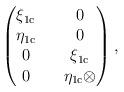
LaTeX: \begin{align*}\begin{pmatrix}\xi_{\mathrm{1c}} && 0\\\eta _{\mathrm{1c}} && 0 \\0 && \xi_{\mathrm{1c}} \\0 && \eta_{\mathrm{1c}} \otimes \end{pmatrix},\end{align*}